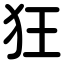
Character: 狂